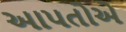
આપતોએ